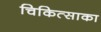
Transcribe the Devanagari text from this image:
चिकित्साका